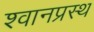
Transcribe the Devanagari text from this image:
श्वानप्रस्थ